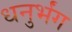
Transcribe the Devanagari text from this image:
धनुर्भंग